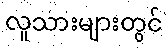
လူသားများတွင်